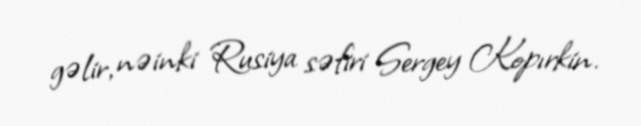
gəlir, nəinki Rusiya səfiri Sergey Kopırkin.